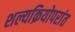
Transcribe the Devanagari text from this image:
शल्यक्रियोपरांत